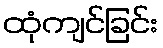
ထုံကျင်ခြင်း